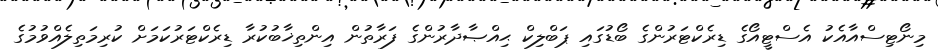
މިނޯޓިސްއާއެކު އެސްޓީއޯގެ ޑިރެކްޓަރުންގެ ބޯޑުގައި ޕަބްލިކް ޙިއްޞާދާރުންގެ ފަރާތުން އިންތިޚާބުކުރާ ޑިރެކްޓަރުކަމަށް ކުރިމަތިލެއްވުމުގެ